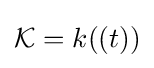
{\mathcal {K}}=k((t))